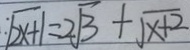
: \sqrt { 2 x + 1 } = 2 \sqrt { 3 } + \sqrt { x + 2 }